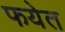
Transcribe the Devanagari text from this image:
फयेत